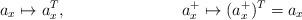
LaTeX: \begin{align*}a_x&\mapsto a^T_x,&a^+_x\mapsto (a^+_x)^T&=a_x\end{align*}